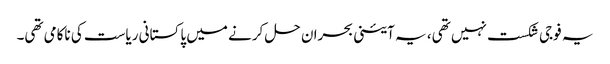
یہ فوجی شکست نہیں تھی، یہ آئینی بحران حل کرنے میں پاکستانی ریاست کی ناکامی تھی۔